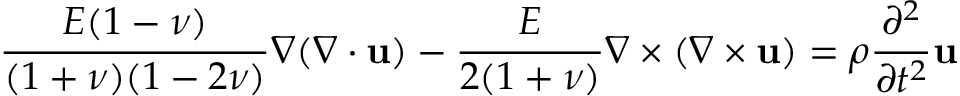
\frac { E ( 1 - \nu ) } { ( 1 + \nu ) ( 1 - 2 \nu ) } \nabla ( \nabla \cdot { \bf u } ) - \frac { E } { 2 ( 1 + \nu ) } \nabla \times ( \nabla \times { \bf u } ) = \rho \frac { \partial ^ { 2 } } { \partial t ^ { 2 } } { \bf u }